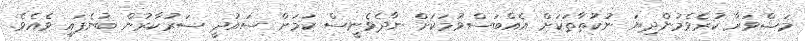
މަޝްވަރާ ކުރެވެމުންދިޔަ ނުކުތާތަކަށް އެއްބަސްވުމަކަށް ނާދެވެނީސް ކަމަށް ސައުދީ ސަރުކާރުން ބުނެފައި ވެއެވެ.